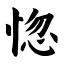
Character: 惚